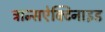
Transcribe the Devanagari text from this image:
ट्रान्सऐक्टिनाइड